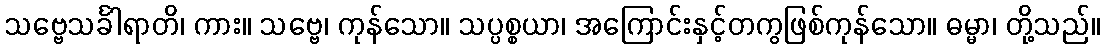
သဗ္ဗေသင်္ခါရာတိ၊ ကား။ သဗ္ဗေ၊ ကုန်သော။ သပ္ပစ္စယာ၊ အကြောင်းနှင့်တကွဖြစ်ကုန်သော။ ဓမ္မာ၊ တို့သည်။